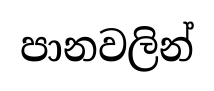
පානවලින්